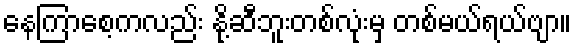
နေကြာစေ့ကလည်း နို့ဆီဘူးတစ်လုံးမှ တစ်မယ်ရယ်ဗျာ။